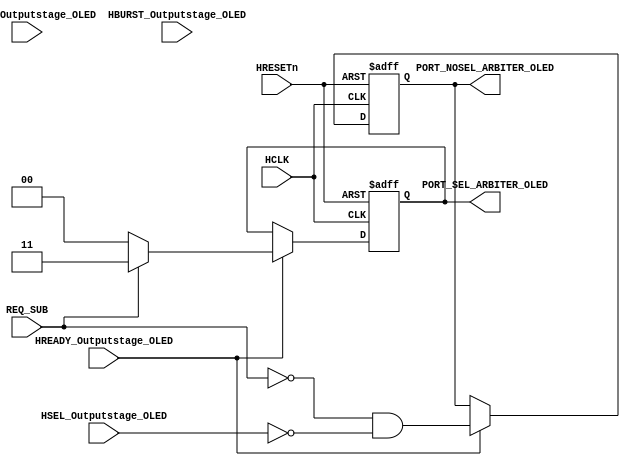
module AHBlite_BusMatrix_Arbiter_OLED(
    input   HCLK,
    input   HRESETn,
    input   REQ_SUB,
    input   HREADY_Outputstage_OLED,
    input   HSEL_Outputstage_OLED,
    input   [1:0]   HTRANS_Outputstage_OLED,
    input   [2:0]   HBURST_Outputstage_OLED,
    output  wire [1:0]  PORT_SEL_ARBITER_OLED,
    output  wire        PORT_NOSEL_ARBITER_OLED
);

reg noport;
wire    noport_next;

assign noport_next  =   (~REQ_SUB)    &   (~HSEL_Outputstage_OLED);        

reg [1:0] selport;
wire    [1:0] selport_next;

assign  selport_next    =   REQ_SUB   ?   2'b11   : 2'b00;
                        
always@(posedge HCLK or negedge HRESETn) begin
    if(~HRESETn) begin
        noport  <=  1'b1;
        selport <=  2'b00;
    end else if(HREADY_Outputstage_OLED) begin
        noport  <=  noport_next;
        selport <=  selport_next;
    end
end

assign  PORT_NOSEL_ARBITER_OLED  =   noport;
assign  PORT_SEL_ARBITER_OLED    =   selport;

endmodule